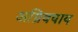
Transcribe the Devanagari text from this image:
अग्निवयाय